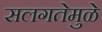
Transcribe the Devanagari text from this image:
सलगतेमुळे